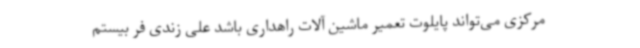
مرکزی می‌تواند پایلوت تعمیر ماشین آلات راهداری باشد علی زندی فر بیستم